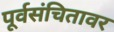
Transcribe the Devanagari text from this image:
पूर्वसंचितावर